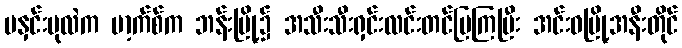
မနှင်းပုလဲက မာ့က်စ်က ဘန်းမြို့၌ အသီးသီးရှင်းလင်းတင်ပြကြပြီး အင်းဝမြို့အနီးတိုင်